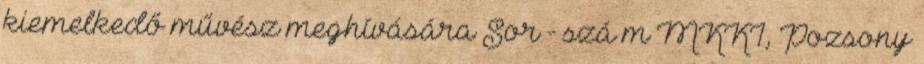
kiemelkedő művész meghívására Sor - szá m MKKI, Pozsony